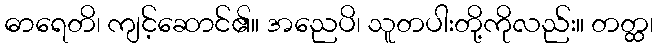
ဓာရေတိ၊ ကျင့်ဆောင်၏။ အညေပိ၊ သူတပါးတို့ကိုလည်း။ တတ္ထ၊